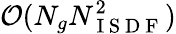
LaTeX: {\mathcal O}(N_{g}N_{\mathrm{~I~S~D~F~}}^{2})